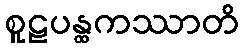
စူဠပန္ထကဿာတိ